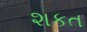
શકત